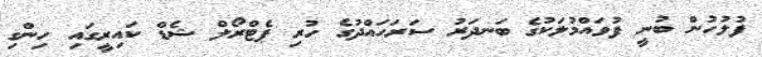
ފުލުހުން ބުނީ ފުވައްމުލަކުގެ ބަނދަރު ސަރަހައްދުގެ ހުރި ޕެޓްރޯލް ޝެޑް ކައިރީގައި ހިންގި